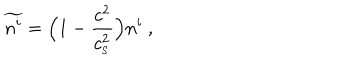
\widetilde { n ^ { i } } = \Big ( 1 - { \frac { c ^ { 2 } } { c _ { _ \mathrm { S } } ^ { 2 } } } \Big ) n ^ { i } \ ,